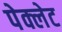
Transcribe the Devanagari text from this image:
पेक्लेट